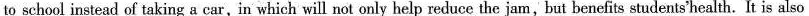
to school instead of taking a car,in which will not only help reduce the jam, but benefits students'health. It is also